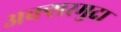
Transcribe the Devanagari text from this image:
अक्शरमुद्रा